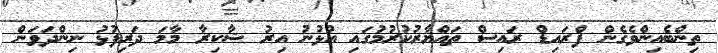
ތިންބެއިންވެގެން ފްރައިޑް ރައިސް ތައްޔާރުކުރުމުގައި އުޅުނު އިރު ޝާކިރާ މާމަ ދަރިފުޅު ނިންދަވަން